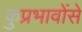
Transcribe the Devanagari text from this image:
कुप्रभावोंसे